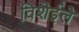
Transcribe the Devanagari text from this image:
विशेईले